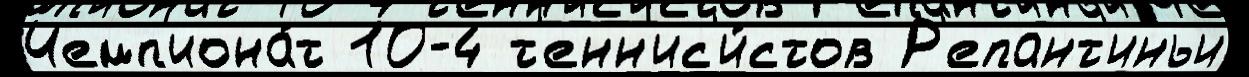
Чемп'иона́т 10-4 т'енн'ис'и́стов Р'епант'иньи